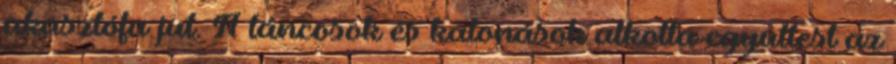
akasztófa jut. A táncosok és katonások alkotta együttest az